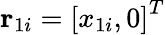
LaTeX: \mathbf{r}_{1i}=\left[x_{1i},0\right]^{T}